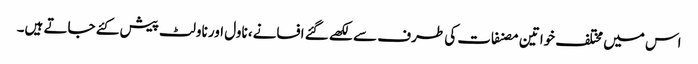
اس میں مختلف خواتین مصنفات کی طرف سے لکھے گئے افسانے، ناول اور ناولٹ پیش کئے جاتے ہیں۔